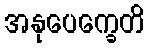
အနုပေက္ခေတိ